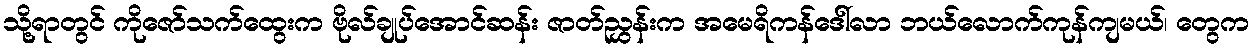
သို့ရာတွင် ကိုဇော်သက်ထွေးက ဗိုလ်ချုပ်အောင်ဆန်း ဇာတ်ညွှန်းက အမေရိကန်ဒေါ်လာ ဘယ်လောက်ကုန်ကျမယ်၊ တွေက